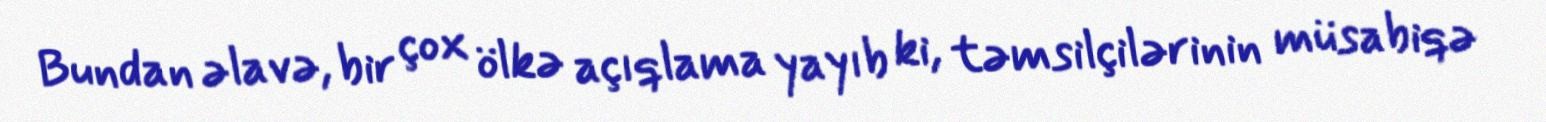
Bundan əlavə, bir çox ölkə açıqlama yayıb ki, təmsilçilərinin müsabiqə